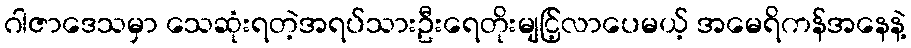
ဂါဇာဒေသမှာ သေဆုံးရတဲ့အရပ်သားဦးရေတိုးမျငြ့်လာပေမယ့် အမေရိကန်အနေနဲ့